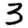
Digit: 3